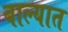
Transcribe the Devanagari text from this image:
बाल्यात